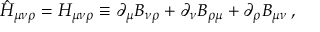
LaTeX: \hat { H } _ { \mu \nu \rho } = H _ { \mu \nu \rho } \equiv \partial _ { \mu } B _ { \nu \rho } + \partial _ { \nu } B _ { \rho \mu } + \partial _ { \rho } B _ { \mu \nu } \, ,